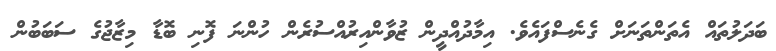
ބަދަލުތައް އެތަންތަނަށް ގެނެސްފައެވެ. އިމާދުއްދީން ޒުވާންއިރުއްސުރެން ހުންނަ ފޮނި ބޮޑާ މިޒާޖުގެ ސަބަބުން